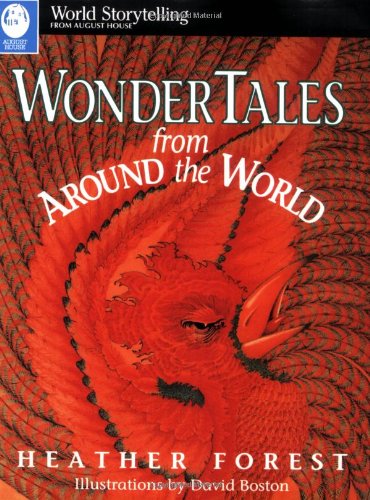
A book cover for Wonder Tales from Around the World; Heather Forest; Children's Books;